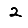
Digit: 2